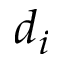
d _ { i }